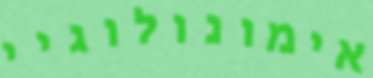
אימונולוגיי